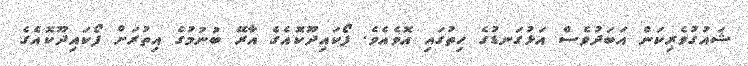
ޝައުގުވެރިކަން އަބަދުވެސް އަޅުގަނޑުގެ ހިތުގައި އޮވެއެވެ. ފޯކައިދޫކޮއެގެ އާރޭ ބުނުމުގެ އިތުރަށް ފޯކައިދޫކޮއެގެ